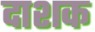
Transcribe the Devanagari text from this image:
दाशक